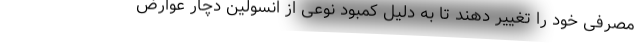
مصرفی خود را تغییر دهند تا به دلیل کمبود نوعی از انسولین دچار عوارض